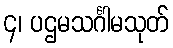
၄၊ ပဌမသင်္ဂါမသုတ်